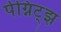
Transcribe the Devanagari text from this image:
पेग्निट्झ